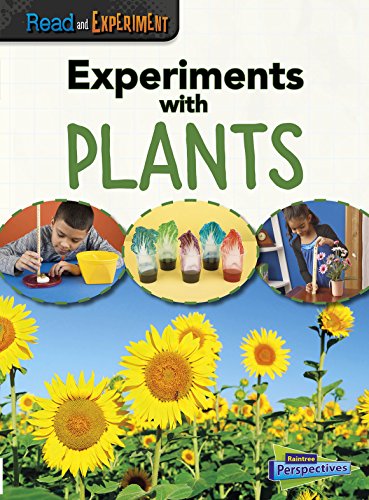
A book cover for Experiments with Plants (Read and Experiment); Isabel Thomas; Children's Books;